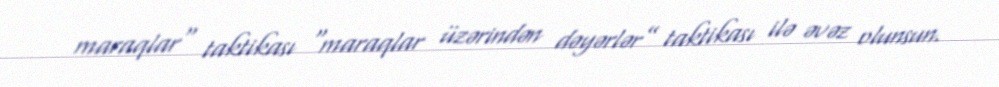
maraqlar" taktikası “maraqlar üzərindən dəyərlər” taktikası ilə əvəz olunsun.